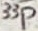
Text: 33p